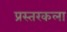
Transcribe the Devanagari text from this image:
प्रस्तरकला